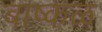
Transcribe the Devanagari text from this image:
बाष्कळ